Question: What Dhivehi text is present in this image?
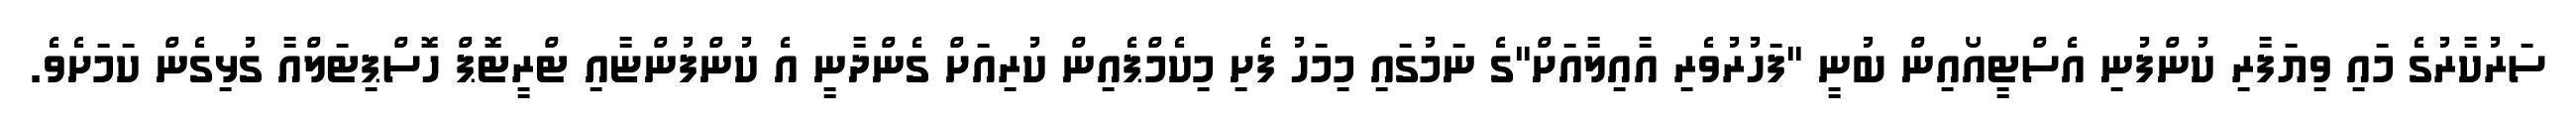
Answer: ސަރުކާރުގެ މައި ވިޔަފާރި ކުންފުނި އެސްޓީއޯއިން ބުނީ "ފަހުރުވެރި އާއިލާއަށް"ގެ ނަމުގައި މިމަހު ފެށި މިކެމްޕެއިން ކުރިއަށް ގެންދާނީ އެ ކުންފުންޏާއި ޓްރީޓޮޕް ހޮސްޕިޓަލްއާ ގުޅިގެން ކަމަށެވެ.